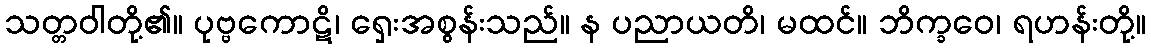
သတ္တဝါတို့၏။ ပုဗ္ဗကောဋိ၊ ရှေးအစွန်းသည်။ န ပညာယတိ၊ မထင်။ ဘိက္ခဝေ၊ ရဟန်းတို့။